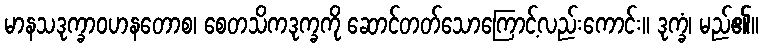
မာနသဒုက္ခာဝဟနတောစ၊ စေတသိကဒုက္ခကို ဆောင်တတ်သောကြောင့်လည်းကောင်း။ ဒုက္ခံ၊ မည်၏။